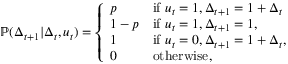
\begin{array} { r l } & { \mathbb { P } ( \Delta _ { t + 1 } | \Delta _ { t } , u _ { t } ) = \left\{ \begin{array} { l l } { p } & { \mathrm { i f } \, \, u _ { t } = 1 , \Delta _ { t + 1 } = 1 + \Delta _ { t } } \\ { 1 - p } & { \mathrm { i f } \, \, u _ { t } = 1 , \Delta _ { t + 1 } = 1 , } \\ { 1 } & { \mathrm { i f } \, \, u _ { t } = 0 , \Delta _ { t + 1 } = 1 + \Delta _ { t } , } \\ { 0 } & { \mathrm { o t h e r w i s e } , } \end{array} \right. } \end{array}